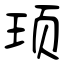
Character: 顼